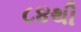
૮૪થી